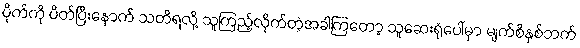
ပိုက်ကို ပိတ်ပြီးနောက် သတိရလို့ သူကြည့်လိုက်တဲ့အခါကြတော့ သူဆေးရုံပေါ်မှာ မျက်စိနှစ်ဘက်